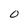
Character: O